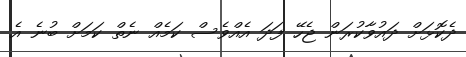
ދެކޮޅަށް ދައުވާކުރަން ޖެހޭ ފަދަ އެއްވެސް ކަމެއް ނެތް ކަމަށް ބުނެ އެ